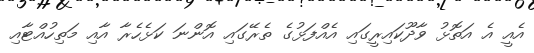
އެއީ އެ އަތޮޅު ވާދޫކައިރީގައި އެއްފަޅުގެ ތެރޭގައި އޮންނަ ކަޅެހެރާ އާއި މަތިހުއްޓާއި